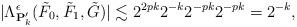
LaTeX: \begin{align*}|\Lambda^{\epsilon}_{\mathbf{P}_{k}'}(\tilde F_{0},\tilde F_{1},\tilde G)|\lesssim2^{2pk} 2^{-k} 2^{-pk} 2^{-pk}=2^{-k},\end{align*}